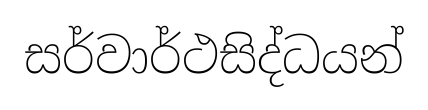
සර්වාර්ථසිද්ධයන්